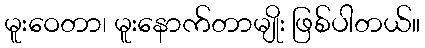
မူးဝေတာ၊ မူးနောက်တာမျိုး ဖြစ်ပါတယ်။